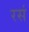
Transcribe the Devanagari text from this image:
रसं